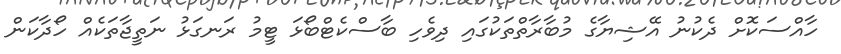
ހާއްސަކޮށް ދެކުނު އޭޝިޔާގެ މުބާރާތްތަކުގައި ދިވެހި ބާސްކެޓްބޯޅަ ޓީމު ރަނގަޅު ނަތީޖާތަކެއް ހޯދާކަން